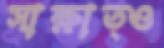
সাক্ষাত্ও